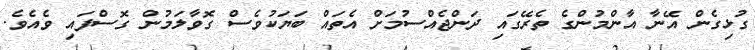
ގުޅިގެން އޭނާ އާންމުންގެ ތެރޭގައި ދަންޖެއްސުމަށް އެތައް ބަޔަކުވެސް ގޮވާލަމުން ގޮސްފައި ވެއެވެ.